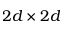
2 d \times 2 d